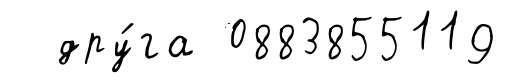
дру́га 0883855119